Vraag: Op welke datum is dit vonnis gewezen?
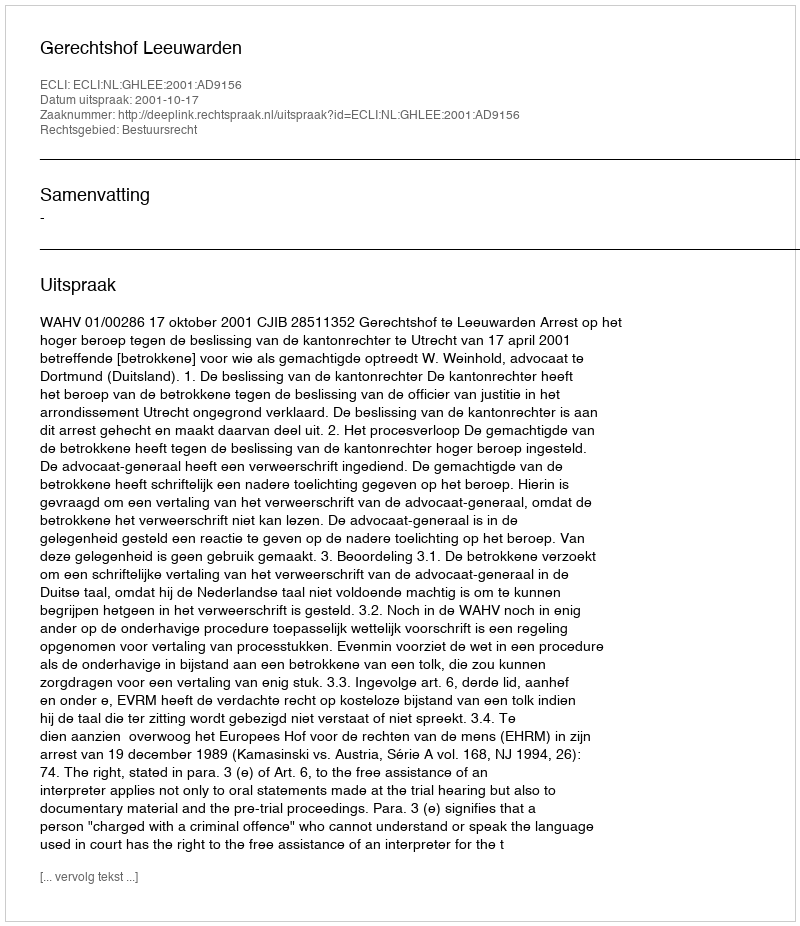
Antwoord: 2001-10-17